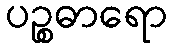
ပဉ္စဓာရော